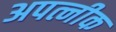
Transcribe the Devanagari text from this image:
अपत्नीक